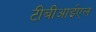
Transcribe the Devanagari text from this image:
टीबीआईएल